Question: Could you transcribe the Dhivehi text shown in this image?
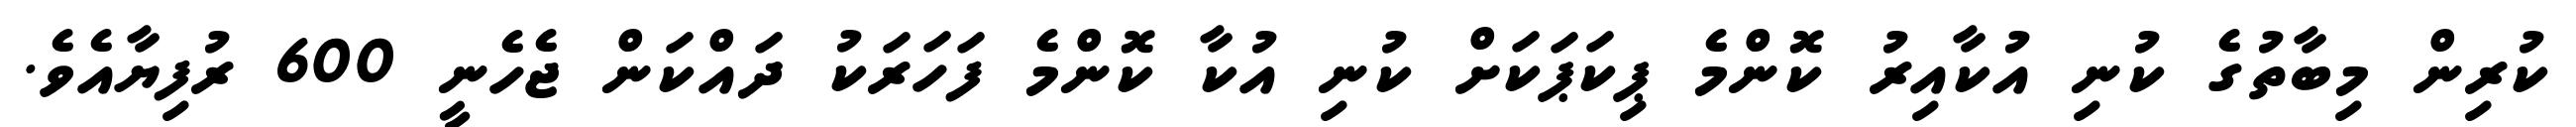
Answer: ކުރިން މިބާތުގެ ކުނި އުކާއިރު ކޮންމެ ޕިކަޕަކަށް ކުނި އުކާ ކޮންމެ ފަހަރަކު ދައްކަން ޖެހެނީ 600 ރުފިޔާއެވެ.